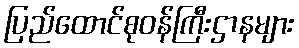
ပြည်ထောင်စုဝန်ကြီးဌာနများ